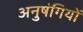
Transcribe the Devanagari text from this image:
अनुषंगियों